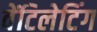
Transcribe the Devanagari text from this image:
वेंटिलेटिंग